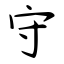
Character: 守